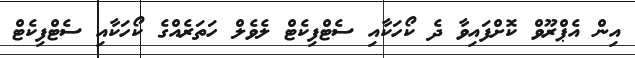
އިން އެޕްރޫވް ކޮށްފައިވާ ދެ ކޯހަކާއި ސެޓްފިކެޓް ލެވެލް ހަތަރެއްގެ ކޯހަކާއި ސެޓްފިކެޓް